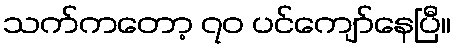
သက်ကတော့ ၇၀ ပင်ကျော်နေပြီ။